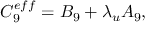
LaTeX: C _ { 9 } ^ { e f f } = B _ { 9 } + \lambda _ { u } A _ { 9 } ,